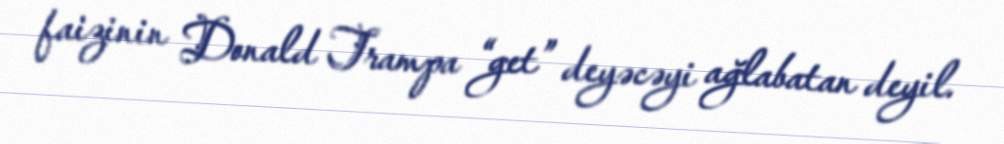
faizinin Donald Trampa “get” deyəcəyi ağlabatan deyil.